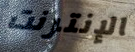
الإنترنت